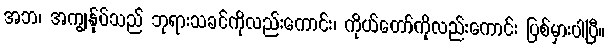
အဘ၊ အကျွန်ုပ်သည် ဘုရားသခင်ကိုလည်းကောင်း၊ ကိုယ်တော်ကိုလည်းကောင်း ပြစ်မှားပါပြီ။